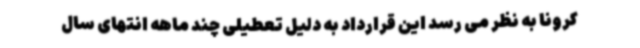
کرونا به نظر می رسد این قرارداد به دلیل تعطیلی چند ماهه انتهای سال